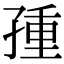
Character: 𡥿